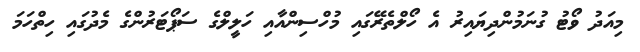
މިއަދު ވޯޓު ގުނަމުންދިޔައިރު އެ ހޯލްތެރޭގައި މުހްސިންއާއި ހަލީލްގެ ސަޕޯޓަރުންގެ މެދުގައި ހިތްހަމަ